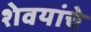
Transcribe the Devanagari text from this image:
शेवयांचे